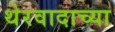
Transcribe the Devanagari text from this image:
थेरवादाच्या